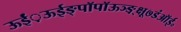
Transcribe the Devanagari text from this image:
ऊईं़ऊईङ्पॉपॉऊञ्ङ़़्क्षू७डंऑई॰